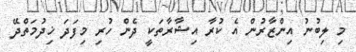
މި ލިބުނު އިންޒާރުން އެ ކުރާ އިޝާރާތަކީ ދެން ހުރި މިފަދަ ޚިދުމަތްދޭ